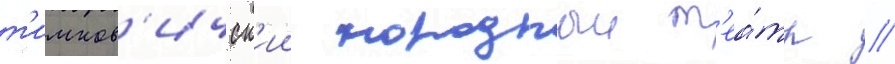
т'имков'ичск'ии народныи т'еа́тр //